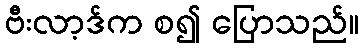
ဗီးလာ့ဒ်က စ၍ ပြောသည်။